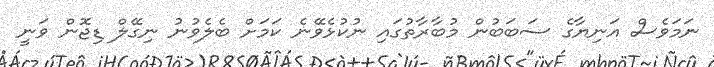
ނަމަވެސް އަނިޔާގެ ސަބަބުން މުބާރާތުގައި ނުކުޅެވޭނެ ކަމަށް ބެލެވުނު ނިގޭލް ޑިޖޮން ވަނީ